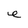
Character: e